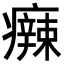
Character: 𤻬